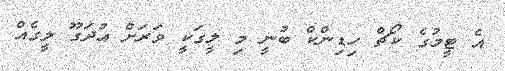
އެ ޓީމުގެ ކޯޗް ހިޑިންކް ބުނީ މި ލީގަކީ ވަރަށް އުދަގޫ ލީގެއް